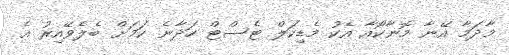
މާދަމާ އޭނާ މޮނާކޯއާ އެކު މެޑިކަލް ޓެސްޓް ހަދާނެ ކަމަށް ބެލެވޭއިރު އެ